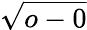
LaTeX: \sqrt{o-0}